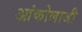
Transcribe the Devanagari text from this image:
आंकोलाजी